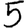
Digit: 5